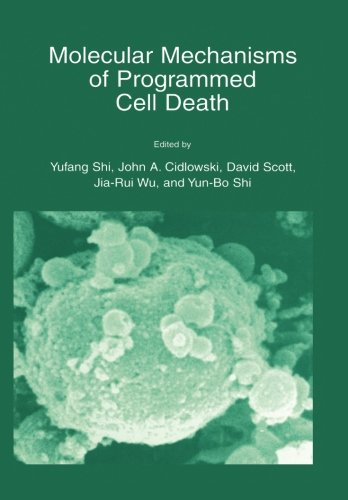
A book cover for Molecular Mechanisms of Programmed Cell Death; Medical Books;